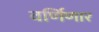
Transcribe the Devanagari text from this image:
वर्णिणार